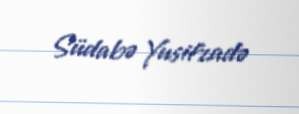
Südabə Yusifzadə